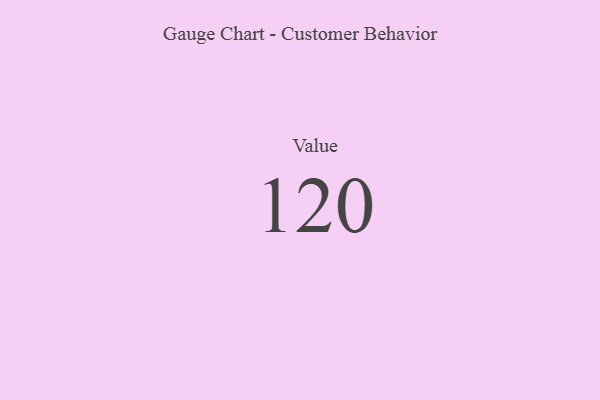
{"axis": {"x": "Metric", "y": "Value"}, "legend": [""], "data": [{"x": "Value", "y": 120, "type": ""}]}